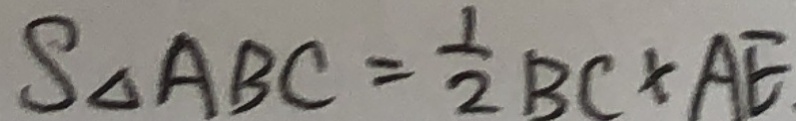
S _ { \Delta A B C } = \frac { 1 } { 2 } B C \times A E